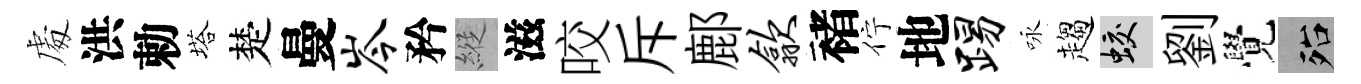
䖏洪勅塔楚曼岑矜縱滋咬斥鄜歙褚佇地踢咏趨蛟劉覺殆